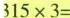
$$315×3=$$